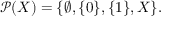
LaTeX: { \mathcal { P } } ( X ) = \{ \emptyset , \{ 0 \} , \{ 1 \} , X \} .